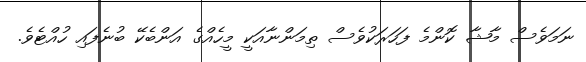
ނަމަވެސް މާޝާ ކޮންމެ ފަހަރަކުވެސް ތިމަންނާއަކީ މީހެއްގެ އަންބެކޭ ބުނެފައި ހުއްޓެވެ.